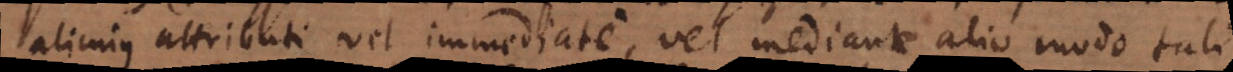
alicuius attributi vel immediate, vel mediante alio modo tali